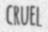
CRUEL